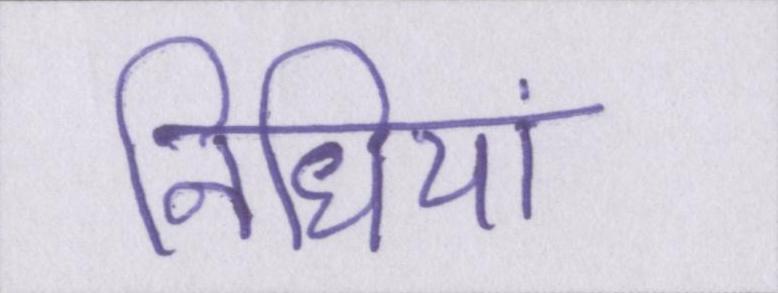
निधियां